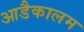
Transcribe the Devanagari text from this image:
आडैकालम